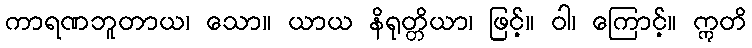
ကာရဏဘူတာယ၊ သော။ ယာယ နိရုတ္တိယာ၊ ဖြင့်။ ဝါ၊ ကြောင့်။ ဣတိ